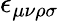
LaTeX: \epsilon_{\mu\nu\rho\sigma}